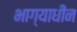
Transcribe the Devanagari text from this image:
भाग्याधीन